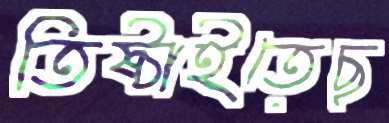
তিষ্ঠাইতেছ